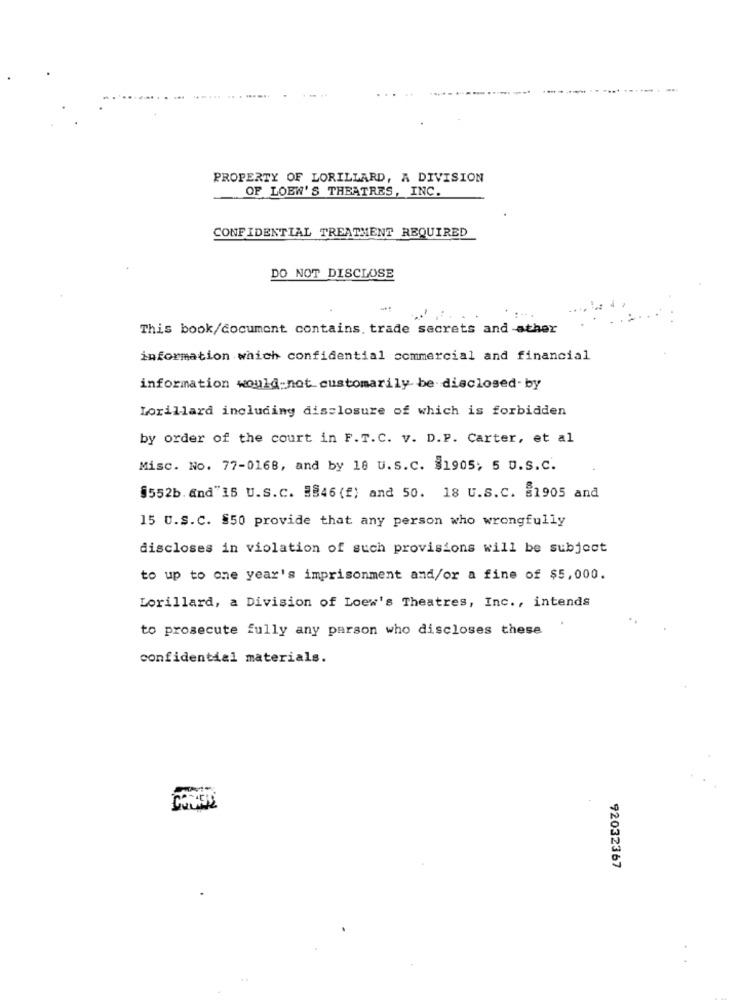
PROPERTY OF LORILLARD, A DIVISION
OF LOEW'S THEATRES, INC.
CONFIDENTIAL TREATMENT REQUIRED
DO NOT DISCLOSE
This book/document contains, trade secrets and -ather
information which confidential commercial and financial
information would not customarily be disclosed-by
Lorillard including disclosure of which is forbidden
by order of the court in F.T.C. v. D.P. Carter, et al
Misc. No. 77-0168, and by 18 U.S.C. $1905; 5 0.S.C.
$552b. and"IS U.S.c. 8846 (f) and 50. 18 U.S.C. 81905 and
15 U.s.c. $50 provide that any person who wrongfully
discloses in violation of such provisions will be subject
to up to one year's imprisonment and/or a fine of $5,000.
Lorillard, a Division of Loew's Theatres, Inc ., intends
to prosecute fully any person who discloses these
confidential materials.
92032367